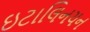
ઇટાલિનયન